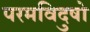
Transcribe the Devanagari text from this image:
परमविदुषो